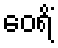
ဝေရိံ